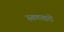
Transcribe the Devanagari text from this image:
स्वणाक्षरों